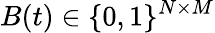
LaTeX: B(t)\in\{ 0,1\} ^{N\times M}